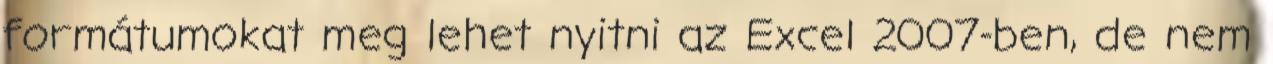
formátumokat meg lehet nyitni az Excel 2007-ben, de nem